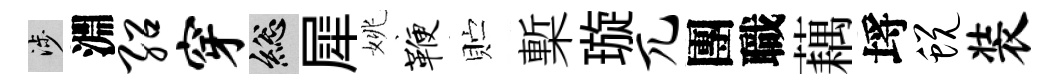
涉淵绍穿總犀姚鞭贮槧璇兀團職藕埓蜕装